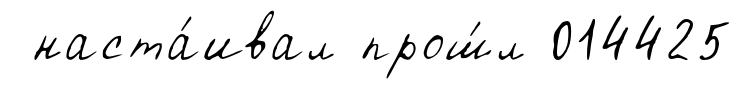
наста́ивал прош́л 014425